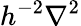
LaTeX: h^{-2}\nabla^{2}